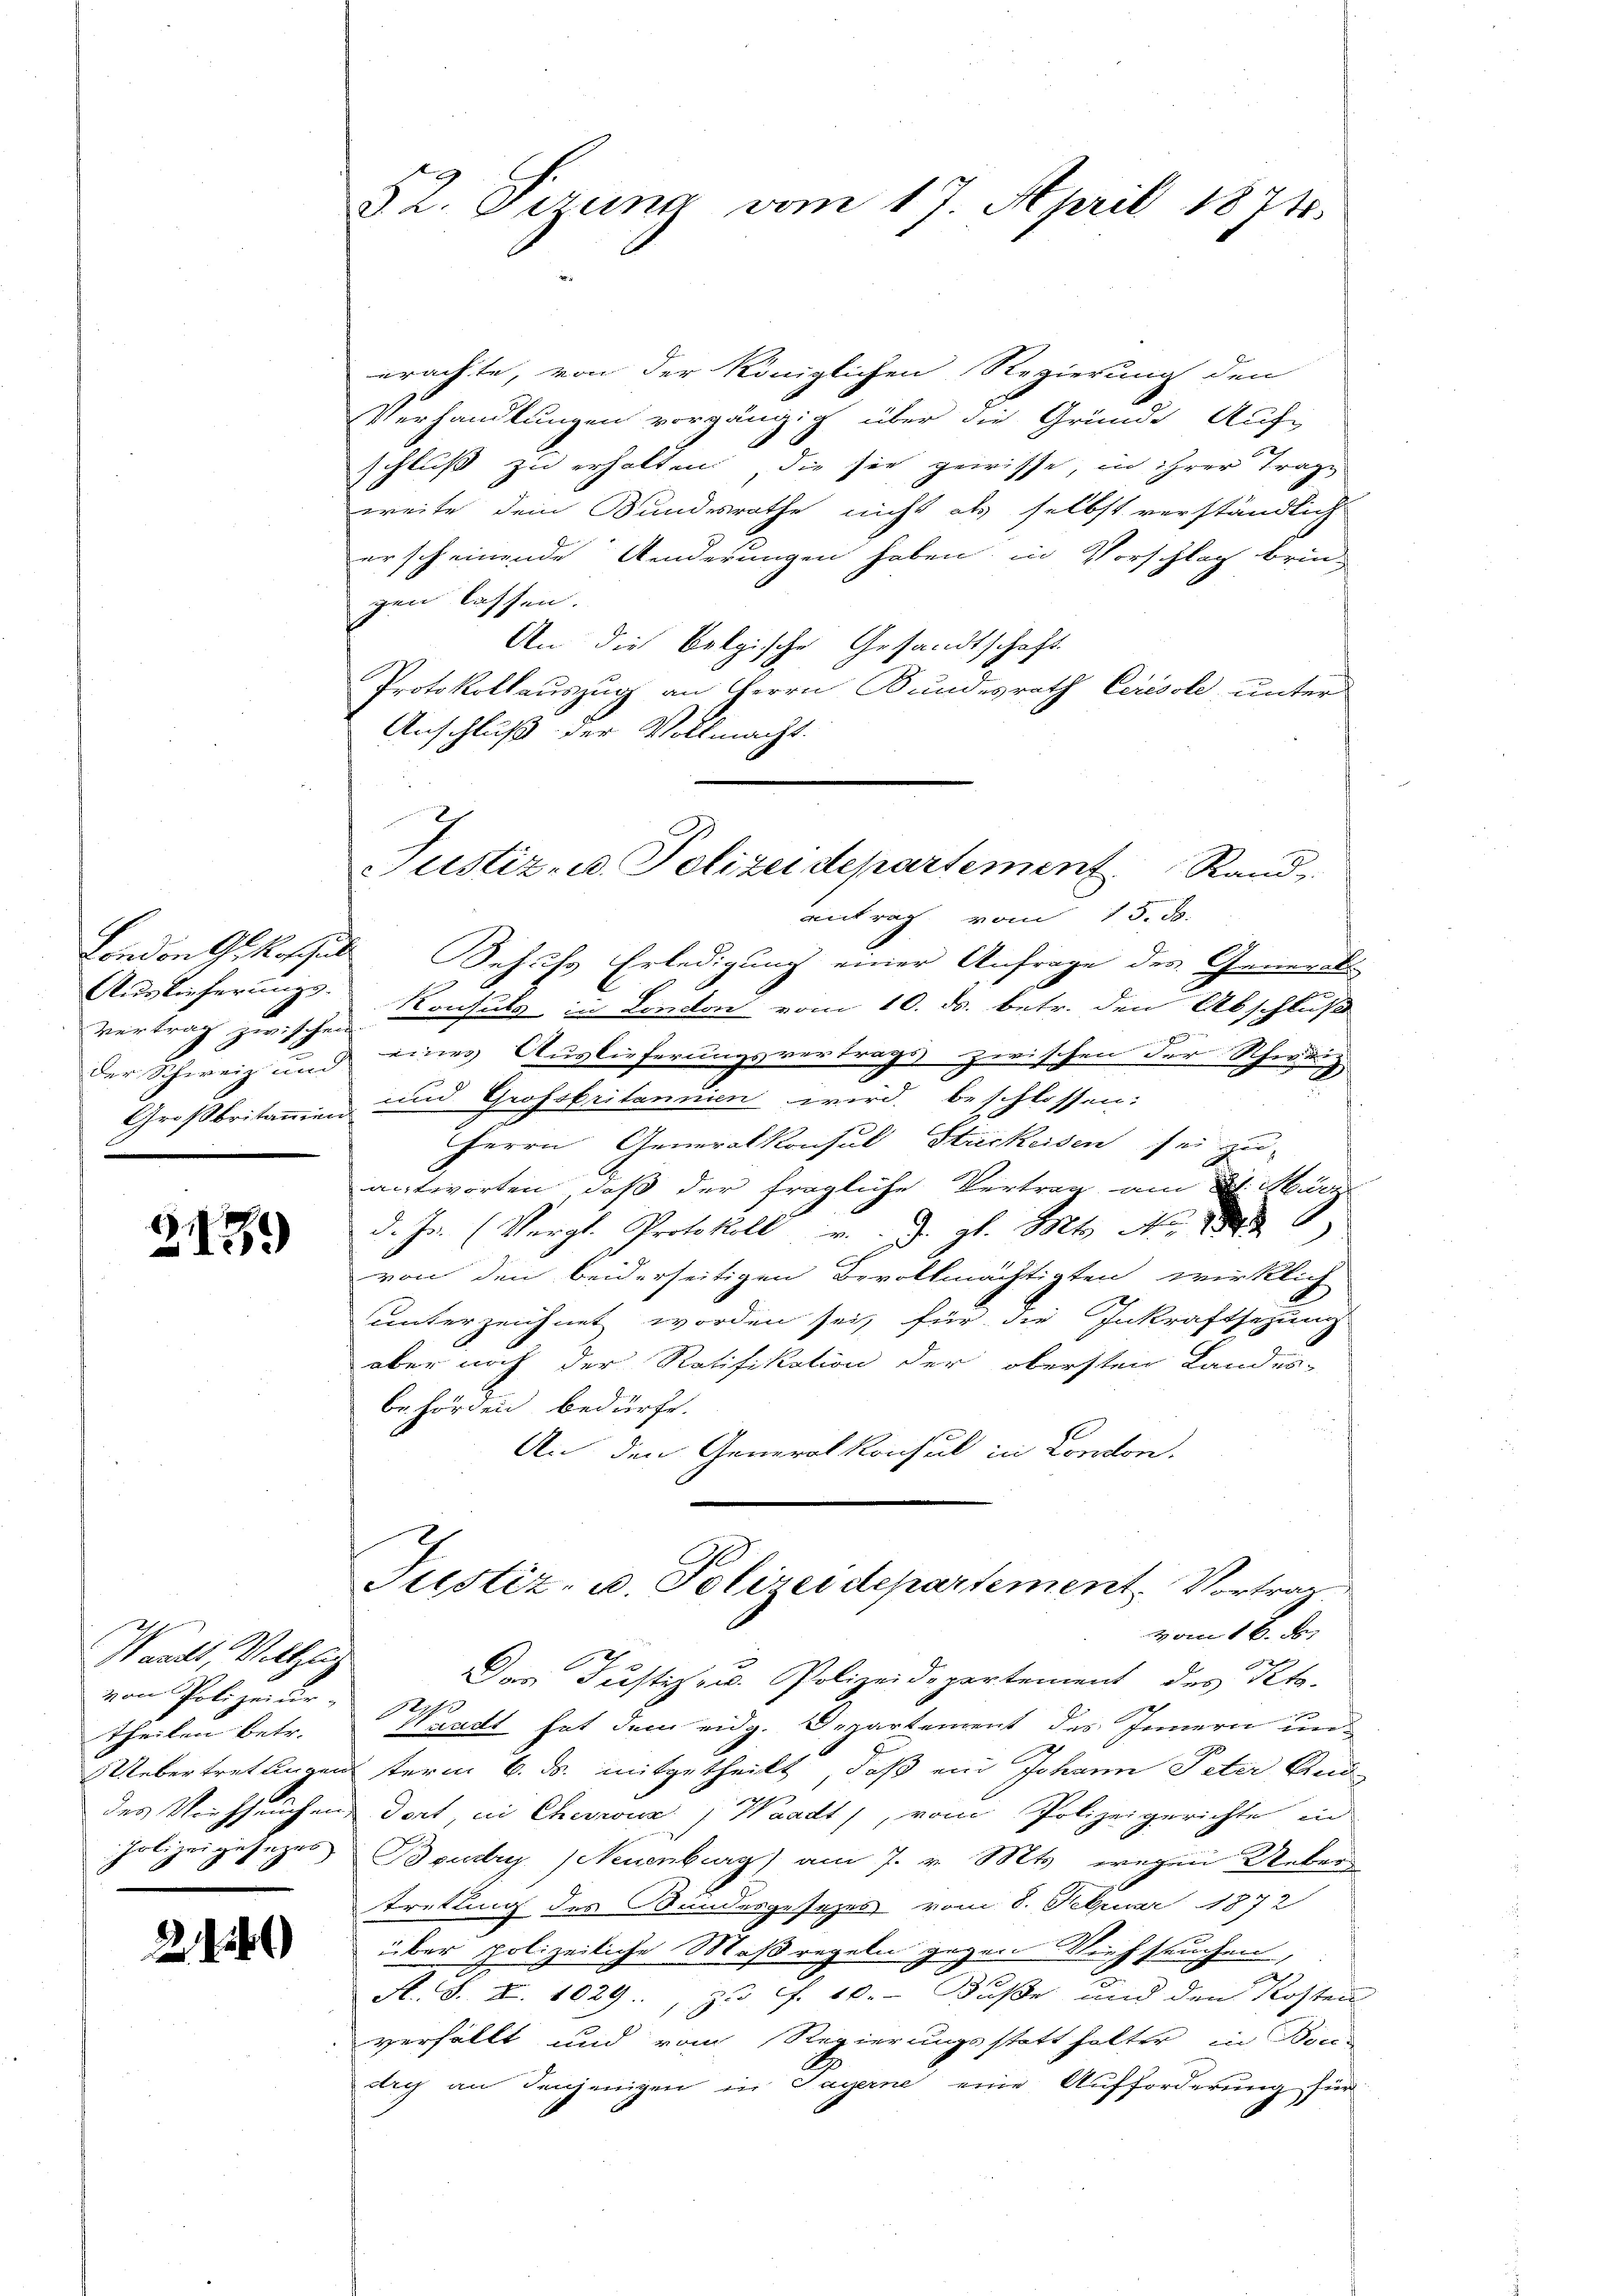
Auslieferungs-
Vertrag zwischen
Großbritamen

)
289)

Waadt, Vollzug
von Polizeiur
theilen betr.
Uebertrettingen
Polizeigesezes

2146)

§2. Perung vom 17. April 1874

Justiz- u. Polizeidepartement Rand

erachte, von der Königlichen Regierung den
Verhandlungen vorgängig über die Gründe Auf-
schluß zu erhalten die sie gewisse, in ihrer Trage
weite dem Bundesrathe nicht als selbst verständlich
erscheinende Aenderungen haben, in Vorschlag brin-
gen lassen.
An die Belgische Gesandtschaft
Protokollauszug an Herrn Bundesrath Cerisole, unter
Anschluß der Vollmacht.
antrag vom 15. ds.
London gekoschule Behufs Erledigung einer Anfrage der Gemeinds¬
E
Konsuls in London vom 10. ds. betr. den Abschluß
er Schweiz und eines Auslieferungsvertrags zwischen der Schweiz
und Grossbritannien wird beschlossen:
Herrn Generalkonsul Stückeisen sei zu
antworten, daß der fragliche Vertrag am 2. März
d. In (Vergl. Protokoll d. gl. Mts. No. 18
von den beiderseitigen Bevollmächtigten wirklich
unterzeichnet worden sei, für die Inkraftsetzung.
aber noch der Ratifikation der obersten Landes-
behörden bedürfe.
An den Generalkonsul in London.
Justiz- u. Polizeidepartement. Vortrag
vom 16. d.
Das Justiz- u. Polizeidepartement des Kt.
Waadt hat dem eidg. Departement des Innern undterm 6. ds. mitgetheilt, daß ein Johann Peter And
F
des Viehseuchend dort, in Chevaux ; Waadt, vom Polizeigerichte in
Boudry (Neuenburg) am 7. v. Mts. wegen Uebertretung des Bundesgesetzes vom 8. Februar 1872
über polizeiliche Maßregeln gegen Weihseuchen,
N. S. XI. 1029., zu f. 10. Fuße und den Kosten
verfällt und vom Regierungsstatthalter in Bocdry an denjenigen in Sagerne eine Aufforderung für